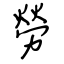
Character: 勞